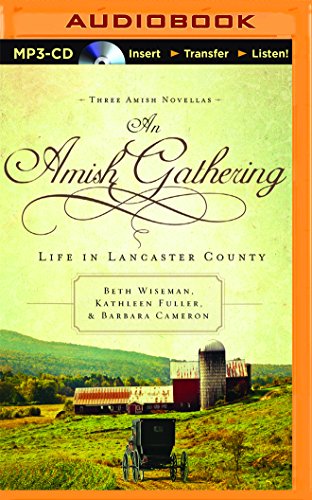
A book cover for An Amish Gathering: Life in Lancaster County; Beth Wiseman; Christian Books & Bibles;